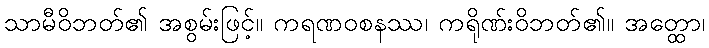
သာမီဝိဘတ်၏ အစွမ်းဖြင့်။ ကရဏဝစနဿ၊ ကရိုဏ်းဝိဘတ်၏။ အတ္ထော၊